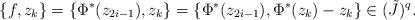
LaTeX: \begin{align*}\{f,z_k\} =\{\Phi^*(z_{2i-1}),z_k\} = \{\Phi^*(z_{2i-1}), \Phi^*(z_k)-z_k\}\in (\tilde J)^q.\end{align*}